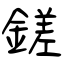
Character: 鎈